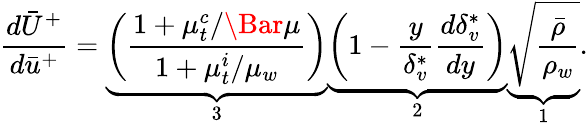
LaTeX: \frac{d\bar{U}^{+}}{d\bar{u}^{+}}=\underbrace{\left(\frac{1+\mu_{t}^{c}/\Bar{\mu}}{1+\mu_{t}^{i}/\mu_{w}}\right)}_{3}\underbrace{\left({1-\frac{y}{\delta_{v}^{*}}\frac{d\delta_{v}^{*}}{dy}}\right)}_{2}\underbrace{{\sqrt{\frac{\bar{\rho}}{\rho_{w}}}}}_{1}.